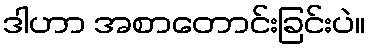
ဒါဟာ အစာတောင်းခြင်းပဲ။